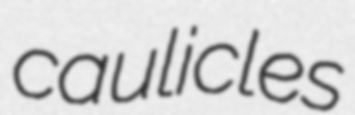
caulicles